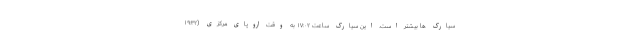
سیارک ها بیشتر است. این سیارک ساعت ۱۷:۰۲ به وقت اروپای مرکزی (۱۹:۳۲